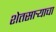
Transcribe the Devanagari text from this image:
शेतसार्‍याचा